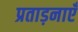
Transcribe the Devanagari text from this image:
प्रताड़नाएँ